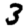
Digit: 3